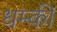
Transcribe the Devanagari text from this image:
धम्की